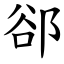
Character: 郤